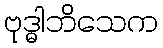
ဗုဒ္ဓါဘိသေက